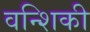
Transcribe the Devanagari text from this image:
वन्शिकी